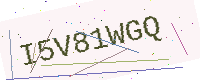
Text: I5V81WGQ